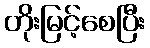
တိုးမြင့်စေပြီး